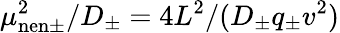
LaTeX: \mu_{\mathrm{nen}\pm}^{2}/D_{\pm}=4L^{2}/(D_{\pm}q_{\pm}v^{2})